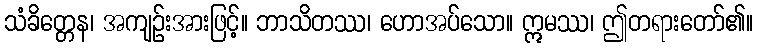
သံခိတ္တေန၊ အကျဉ်းအားဖြင့်။ ဘာသိတဿ၊ ဟောအပ်သော။ ဣမဿ၊ ဤတရားတော်၏။